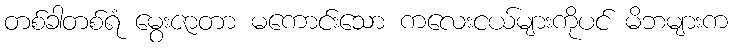
တစ်ခါတစ်ရံ မွေးဇာတာ မကောင်းသော ကလေးငယ်များကိုပင် မိဘများက